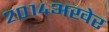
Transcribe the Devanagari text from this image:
२०१४अखेर